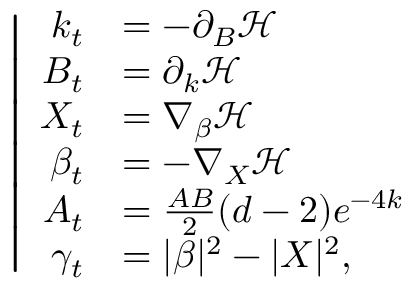
\left| \begin{array} { r l } { k _ { t } } & { = - \partial _ { B } \mathcal { H } } \\ { B _ { t } } & { = \partial _ { k } \mathcal { H } } \\ { X _ { t } } & { = \nabla _ { \beta } \mathcal { H } } \\ { \beta _ { t } } & { = - \nabla _ { X } \mathcal { H } } \\ { A _ { t } } & { = \frac { A B } { 2 } ( d - 2 ) e ^ { - 4 k } } \\ { \gamma _ { t } } & { = | \beta | ^ { 2 } - | X | ^ { 2 } , } \end{array} \right.